Scottish Leaving Certificate Examination, 1960
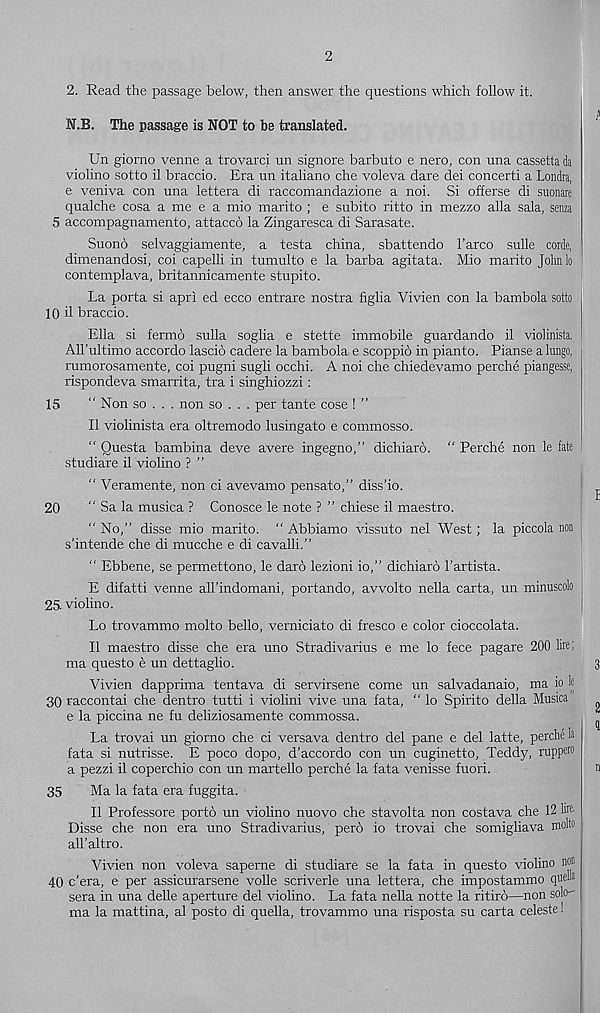
2
2. Read the passage below, then answer the questions which follow it.
N.B. The passage is NOT to be translated.
Un giorno venne a trovarci un signore barbuto e nero, con una cassetta da
violino sotto il braccio. Era un italiano che voleva dare dei concerti a Londra,
e veniva con una lettera di raccomandazione a noi. Si offerse di suonare
qualche cosa a me e a mio marito ; e subito ritto in mezzo alia sala, senza
5 accompagnamento, attacco la Zingaresca di Sarasate.
Suono selvaggiamente, a testa china, sbattendo I’arco sulle corde,
dimenandosi, coi capelli in tumulto e la barba agitata. Mio marito Johnlo
contemplava, britannicamente stupito.
La porta si apri ed ecco entrare nostra figlia Vivien con la bambola sotto
10 il braccio.
Ella si fermb sulla soglia e stette immobile guardando il violinista.
All’ultimo accordo lascio cadere la bambola e scoppio in pianto. Pianse a lungo,
rumorosamente, coi pugni sugli occhi. A noi che chiedevamo perche piangesse,
rispondeva smarrita, tra i singhiozzi:
15
“ Non so . . . non so . . . per tante cose ! ”
Il violinista era oltremodo lusingato e commosso.
“ Questa bambina deve avere ingegno,” dichiaro. “ Perche non le fate
studiare il violino ? ”
“ Veramente, non ci avevamo pensato,” diss’io.
20
“ Sa la musica ? Conosce le note ? ” chiese il maestro.
" No,” disse mio marito. “ Abbiamo vissuto nel West; la piccola non
s'intende che di mucche e di cavalli.”
" Ebbene, se permettono, le darb lezioni io,” dichiaro I’artista.
E difatti venne all’indomani, portando, avvolto nella carta, un minuscolo
25 violino.
Lo trovammo molto bello, verniciato di fresco e color cioccolata.
Il maestro disse che era uno Stradivarius e me lo fece pagare 200 lire;
ma questo e un dettaglio.
Vivien dapprima tentava di servirsene come un salvadanaio, ma io k
30 raccontai che dentro tutti i violini vive una fata, “ lo Spirito della Musica
e la piccina ne fu deliziosamente commossa.
La trovai un giorno che ci versava dentro del pane e del latte, perche la
fata si nutrisse. E poco dopo, d’accordo con un cuginetto, Teddy, rupp®
a pezzi il coperchio con un martello perche la fata venisse fuori.
35
Ma la fata era fuggita.
Il Professore porto un violino nuovo che stavolta non costava che 12 l® 1
Disse che non era uno Stradivarius, pero io trovai che somigliava molto
all’altro.
Vivien non voleva saperne di studiare se la fata in questo violino n®
40 c’era, e per assicurarsene voile scriverle una lettera, che impostammo que®
sera in una delle aperture del violino. La fata nella notte la ritiro—non solo-
ma la mattina, al posto di quella, trovammo una risposta su carta celeste!